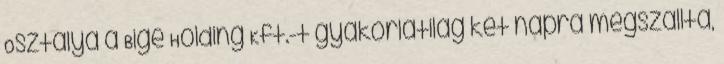
Osztálya a Bige Holding Kft.-t gyakorlatilag két napra megszállta,